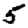
Digit: 5